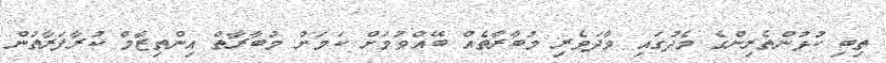
ތިބި ކުޅުންތެރިންގެ މެދުގައި ވާދަވެރި މުބާރާތެއް ބޭއްވުމަށް ކަމަށް މުބާރާތް އިންތިޒާމް ކުރާފަރާތުން